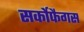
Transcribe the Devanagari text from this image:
सर्कोफैगस